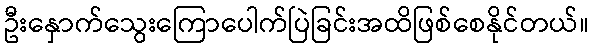
ဦးနှောက်သွေးကြောပေါက်ပြဲခြင်းအထိဖြစ်စေနိုင်တယ်။